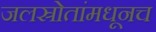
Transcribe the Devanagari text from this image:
जलस्रोतांमधूनच